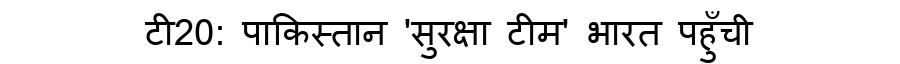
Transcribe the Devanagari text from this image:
टी20: पाकिस्तान 'सुरक्षा टीम' भारत पहुँची